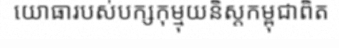
យោធារបស់បក្សកុម្មុយនិស្តកម្ពុជាពិត